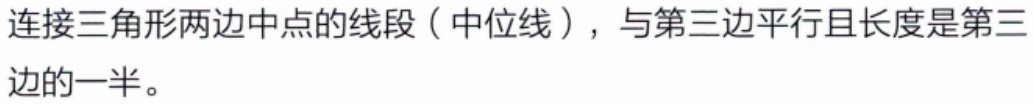
连接三角形两边中点的线段（中位线），与第三边平行且长度是第三边的一半。